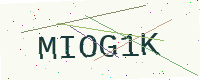
Text: MIOG1K